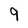
Character: 9